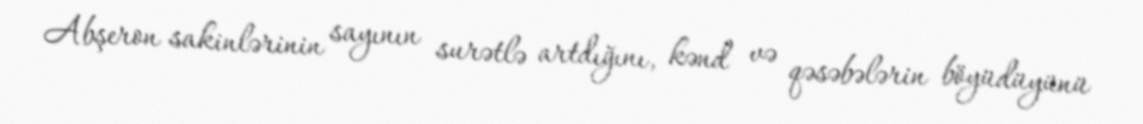
Abşeron sakinlərinin sayının surətlə artdığını, kənd və qəsəbələrin böyüdüyünü